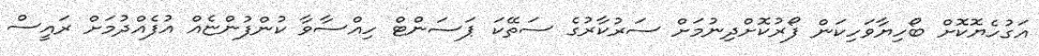
އަގުހެޔޮކޮށް ބޯހިޔާވަހިކަން ފޯރުކޮށްދިނުމަށް ސަރުކާރުގެ ސަތޭކަ ޕަސަންޓް ހިއްސާވާ ކުންފުންޏެއް އުފެއްދުމަށް ރައީސް